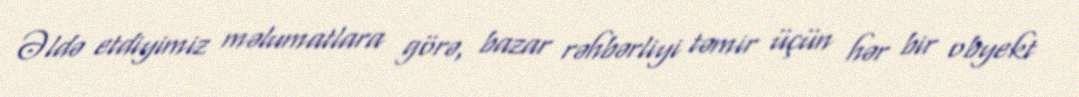
Əldə etdiyimiz məlumatlara görə, bazar rəhbərliyi təmir üçün hər bir obyekt